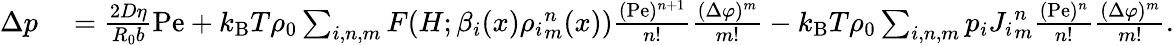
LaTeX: \begin{array}{rl}{\Delta p}&{{}=\frac{2D\eta}{R_{0}b}\mathrm{Pe}+k_{\mathrm{B}}T\rho_{0}\sum_{i,n,m}F(H;\beta_{i}(x){\rho_{i}}_{m}^{n}(x))\frac{(\mathrm{Pe})^{n+1}}{n!}\frac{(\Delta\varphi)^{m}}{m!}-k_{\mathrm{B}}T\rho_{0}\sum_{i,n,m}p_{i}{J_{i}}_{m}^{n}\frac{(\mathrm{Pe})^{n}}{n!}\frac{(\Delta\varphi)^{m}}{m!}.}\end{array}